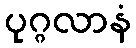
ပုဂ္ဂလာနံ